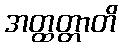
အတ္ထတ္တာတိ